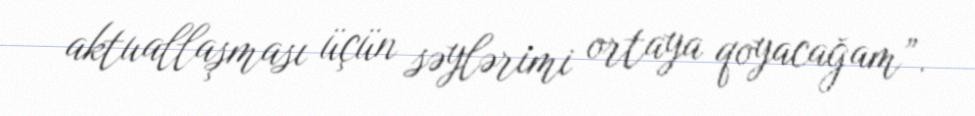
aktuallaşması üçün səylərimi ortaya qoyacağam”.